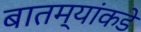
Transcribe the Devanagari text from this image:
बातम्यांकडे